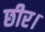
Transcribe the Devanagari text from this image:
छीर।